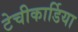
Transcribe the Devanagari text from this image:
टेचीकार्डिया